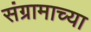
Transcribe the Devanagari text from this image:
संग्रामाच्या